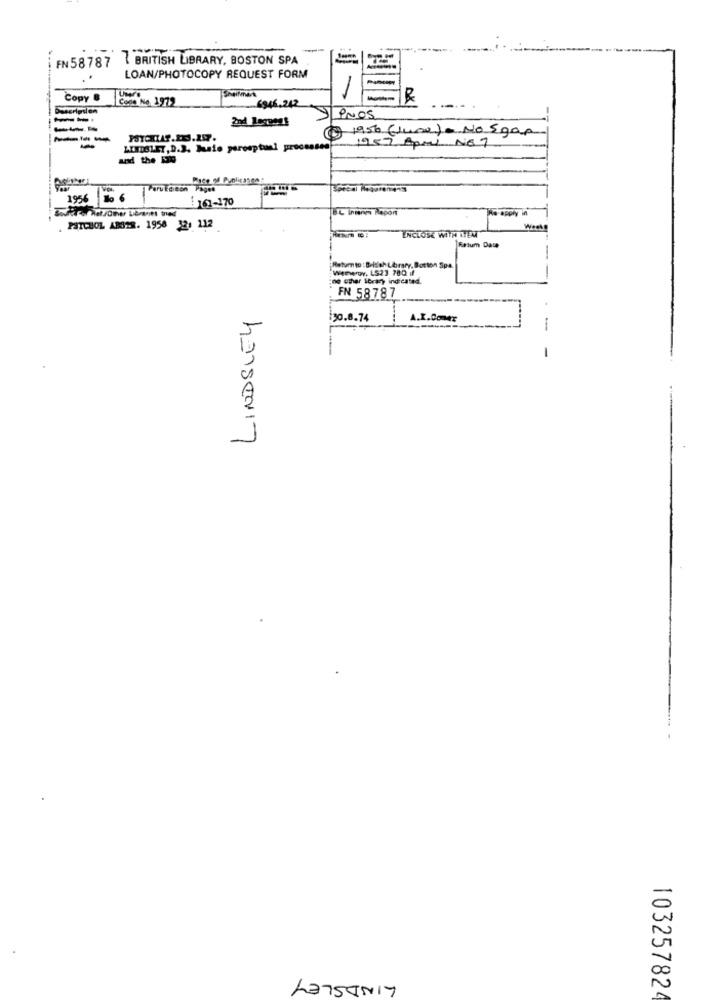
BRITISH LIBRARY, BOSTON SPA
FN 58787
LOAN/PHOTOCOPY REQUEST FORM
Uw
Copy &
Code Ne. 1972
6946.242
Description
2nd Lerpens
PNOS
---
Gasto (June)= No Sgar
1957 April NET
LINDOLET,D.J. Muste perceptual processen
and the 150
1956
To 6
:161-170
TEL Inserien Report
Re-apply in
PATCHOL AR328. 1950 120 112
ENCLOSE WITH ITEM
Fetum Dat
-
Return to : British Library, Botton Spa.
Wereroy, L523 700 if
no other Ibrary indicated.
FN 58787
LINDSLEY
30.8.74
.Comer
-
LINDSLEY
10325782